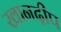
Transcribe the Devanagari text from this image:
खानदीप